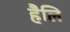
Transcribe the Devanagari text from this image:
हैलि